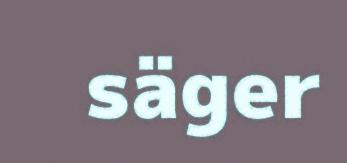
säger